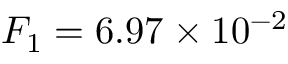
F _ { 1 } = 6 . 9 7 \times 1 0 ^ { - 2 }